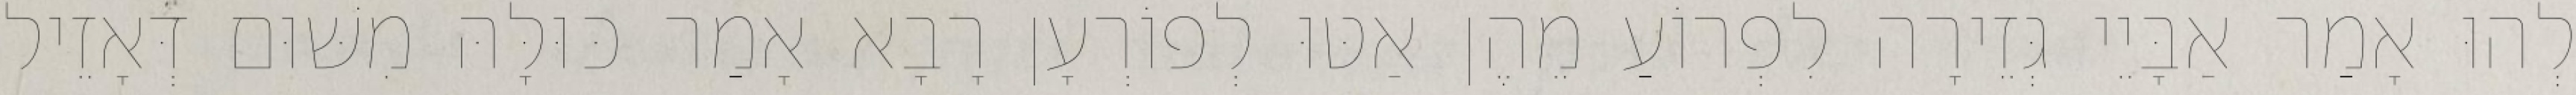
לְהוּ אָמַר אַבָּיֵי גְּזֵירָה לִפְרוֹעַ מֵהֶן אַטּוּ לְפוֹרְעָן רָבָא אָמַר כּוּלָּהּ מִשּׁוּם דְּאָזֵיל